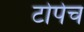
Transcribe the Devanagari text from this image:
टोपेच